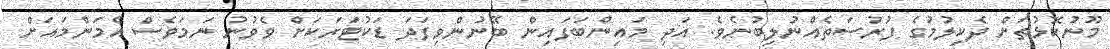
މޫނުކޮޅުތަށް ދެކިލުމުގެ ފުރުސަތެއްނުލިބުނެވެ. އަދި މައިންބަފައިން ބޭނުންވިފަދަ ޑަކުޓަރަކަށް ވެވުނު ނަމަވެސް އެމަންމައަށް